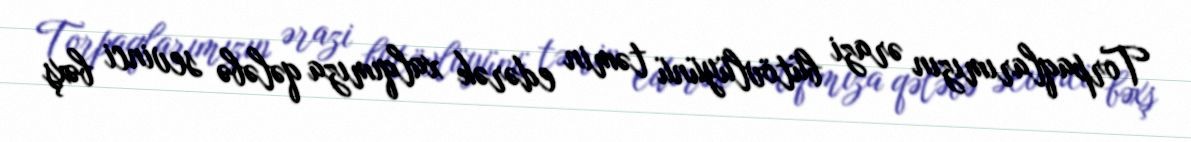
Torpaqlarımızın ərazi bütövlüyünü təmin edərək xalqımıza qələbə sevinci bəxş